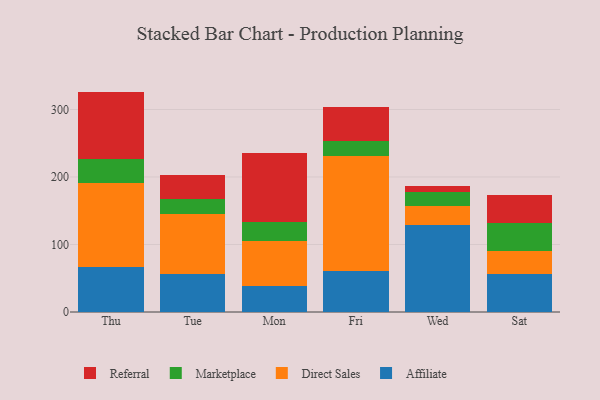
{"axis": {"x": "Day", "y": "Waste Production (Tons)"}, "legend": ["Affiliate", "Direct Sales", "Marketplace", "Referral"], "data": [{"x": "Thu", "y": 67.0, "type": "Affiliate"}, {"x": "Thu", "y": 123.7, "type": "Direct Sales"}, {"x": "Thu", "y": 35.3, "type": "Marketplace"}, {"x": "Thu", "y": 100.5, "type": "Referral"}, {"x": "Tue", "y": 55.7, "type": "Affiliate"}, {"x": "Tue", "y": 89.2, "type": "Direct Sales"}, {"x": "Tue", "y": 22.1, "type": "Marketplace"}, {"x": "Tue", "y": 36.4, "type": "Referral"}, {"x": "Mon", "y": 39.2, "type": "Affiliate"}, {"x": "Mon", "y": 65.6, "type": "Direct Sales"}, {"x": "Mon", "y": 28.6, "type": "Marketplace"}, {"x": "Mon", "y": 101.5, "type": "Referral"}, {"x": "Fri", "y": 60.7, "type": "Affiliate"}, {"x": "Fri", "y": 170.1, "type": "Direct Sales"}, {"x": "Fri", "y": 22.5, "type": "Marketplace"}, {"x": "Fri", "y": 50.7, "type": "Referral"}, {"x": "Wed", "y": 129.1, "type": "Affiliate"}, {"x": "Wed", "y": 27.6, "type": "Direct Sales"}, {"x": "Wed", "y": 21.1, "type": "Marketplace"}, {"x": "Wed", "y": 8.8, "type": "Referral"}, {"x": "Sat", "y": 55.7, "type": "Affiliate"}, {"x": "Sat", "y": 35.3, "type": "Direct Sales"}, {"x": "Sat", "y": 40.4, "type": "Marketplace"}, {"x": "Sat", "y": 42.3, "type": "Referral"}]}